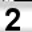
Digit: 2